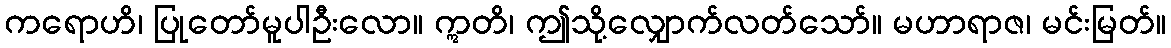
ကရောဟိ၊ ပြုတော်မူပါဦးလော။ ဣတိ၊ ဤသို့လျှောက်လတ်သော်။ မဟာရာဇ၊ မင်းမြတ်။